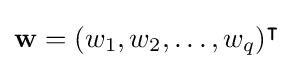
\mathbf {w} =(w_{1},w_{2},\dots ,w_{q})^{\intercal }